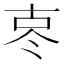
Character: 𪞟